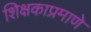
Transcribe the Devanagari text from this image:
शिक्षकाप्रमाणे